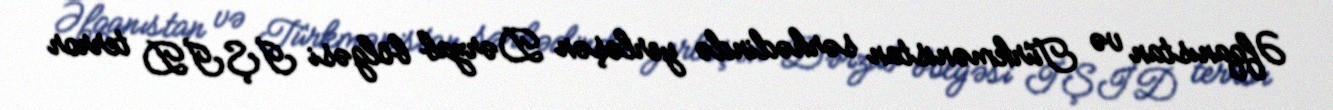
Əfqanıstan və Türkmənistan sərhədində yerləşən Dərzab bölgəsi İŞİD terror